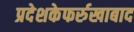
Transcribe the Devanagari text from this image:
प्रदेशकेफर्रुखाबाद